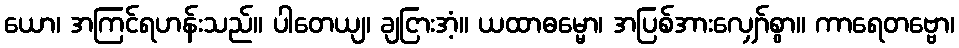
ယော၊ အကြင်ရဟန်းသည်။ ပါတေယျ၊ ချငြားအံ့။ ယထာဓမ္မော၊ အပြစ်အားလျှော်စွာ။ ကာရေတဗ္ဗော၊